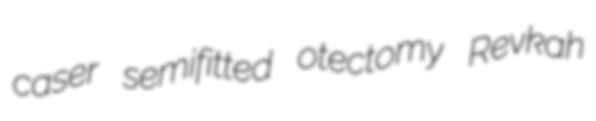
caser semifitted otectomy Revkah